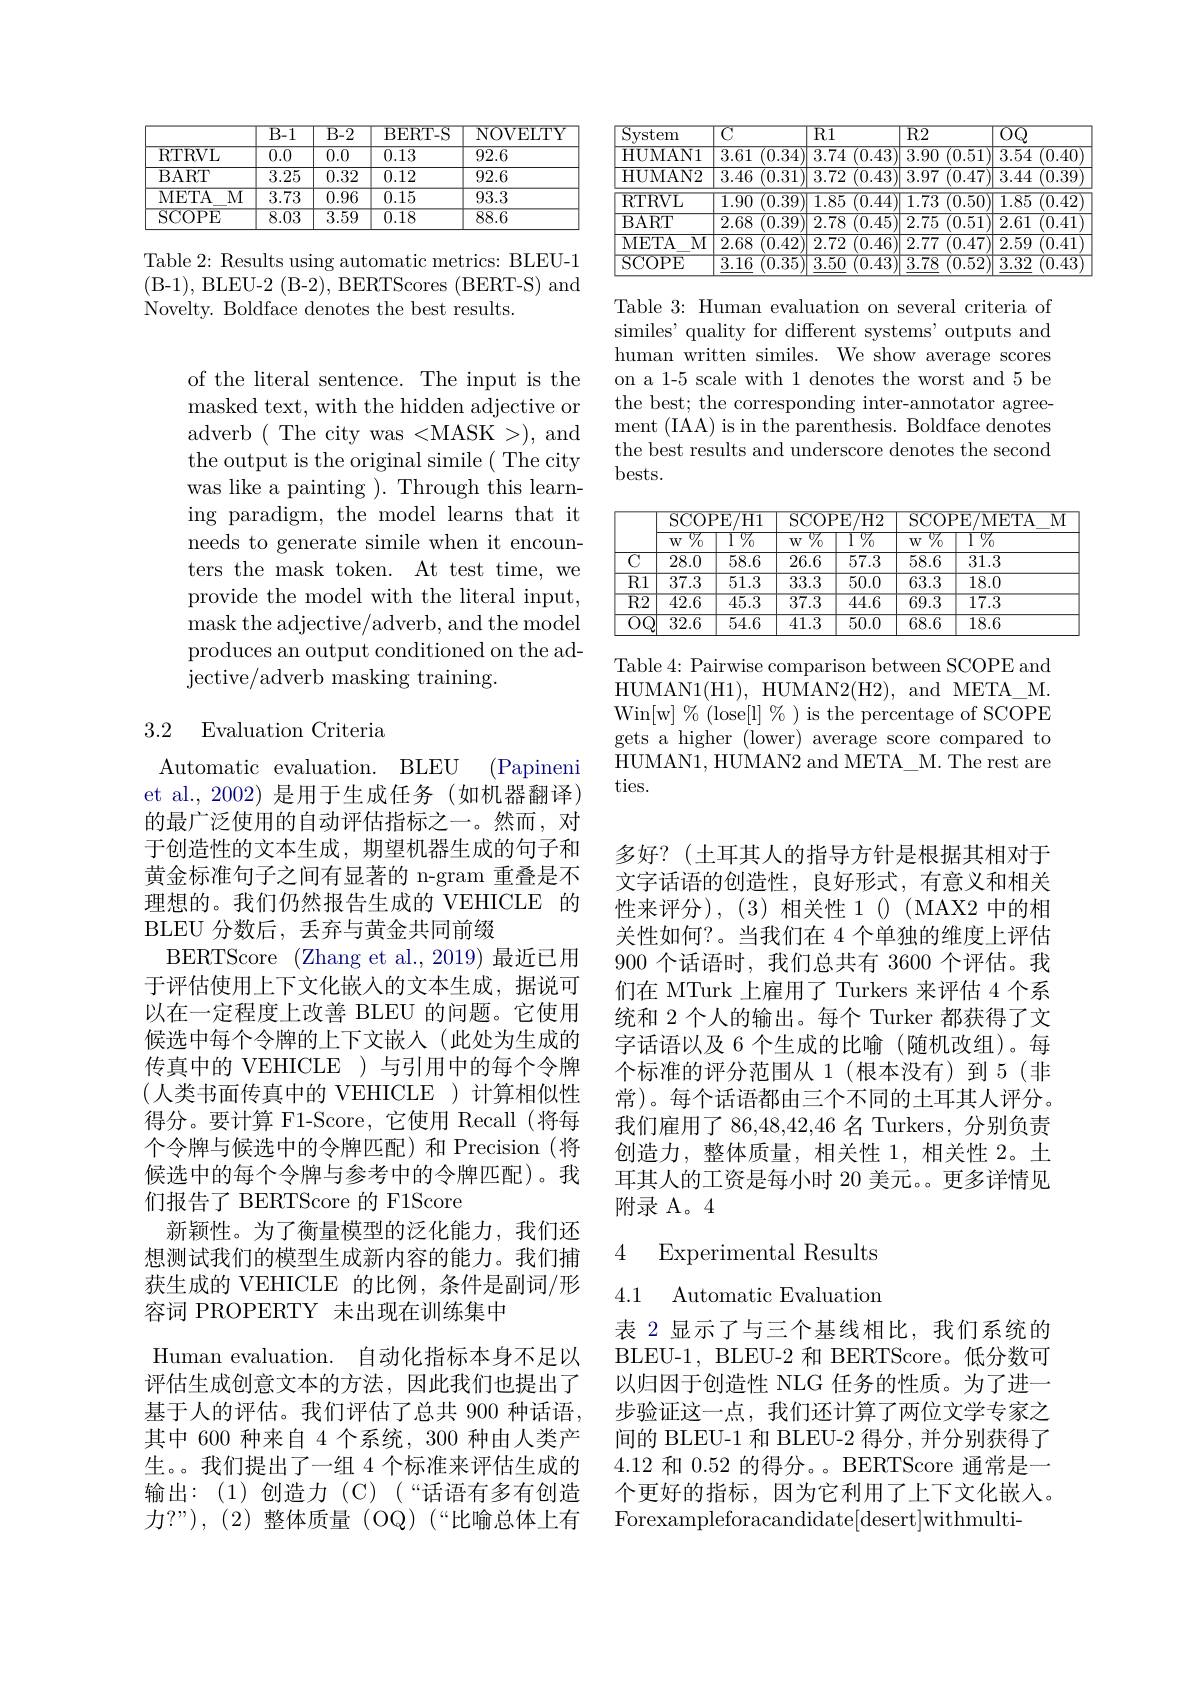
of the literal sentence. The input is the masked text, with the hidden adjective or adverb(The city was<MASK>),and the output is the original simile ( The city was like a painting ). Through this learning paradigm, the model learns that it needs to generate simile when it encounters the mask token. At test time, we provide the model with the literal input, mask the adjective/adverb, and the model produces an output conditioned on the adjective/adverb masking training.

## 3.2 Evaluation Criteria

Automatic evaluation. BLEU (Papineni et al.,2002) 是用于生成任务(如机器翻译) 的最广泛使用的自动评估指标之一。然而，对于创造性的文本生成，期望机器生成的句子和黄金标准句子之间有显著的 n-gram 重叠是不理想的。我们仍然报告生成的 VEHICLE 的BLEU 分数后，丢弃与黄金共同前缀
BERTScore (Zhang et al.,2019) 最近已用于评估使用上下文化嵌入的文本生成，据说可以在一定程度上改善 BLEU 的问题。它使用候选中每个令牌的上下文嵌人(此处为生成的传真中的 VEHICLE )与引用中的每个令牌(人类书面传真中的 VEHICLE )计算相似性得分。要计算 F1-Score,它使用 Recall (将每个令牌与候选中的令牌匹配)和 Precision (将候选中的每个令牌与参考中的令牌匹配)。我们报告了 BERTScore 的 F1Score
新颖性。为了衡量模型的泛化能力，我们还想测试我们的模型生成新内容的能力。我们捕获生成的 VEHICLE 的比例，条件是副词/形容词 PROPERTY 未出现在训练集中
Human evaluation. 自动化指标本身不足以评估生成创意文本的方法，因此我们也提出了基于人的评估。我们评估了总共 900 种话语， 其中 600 种来自 4 个系统，300 种由人类产生。。我们提出了一组 4 个标准来评估生成的输出：(1)创造力(C)(“话语有多有创造力？”),(2)整体质量(OQ)(“比喻总体上有

<table>
	<tbody>
		<tr>
			<th> </th>
			<th>$\overline{\text{B-1}}$</th>
			<th>$\overline{\text{B-2}}$</th>
			<th>BERT- S</th>
			<th>NOVELTY</th>
		</tr>
		<tr>
			<td>RTRVL</td>
			<td>$\overline{0.0}$</td>
			<td>$\overline{0.0}$</td>
			<td>0.13</td>
			<td>92.6</td>
		</tr>
		<tr>
			<td>BART</td>
			<td>3.25</td>
			<td>0.32</td>
			<td>0.12</td>
			<td>92.6</td>
		</tr>
		<tr>
			<td>$\overline{\mathrm{MI}}$ META</td>
			<td>3.73</td>
			<td>$\overline{0.96}$</td>
			<td>0.15</td>
			<td>93.3</td>
		</tr>
		<tr>
			<td>$\operatorname{SCOPE}$</td>
			<td>$\overline{8.03}$</td>
			<td>$\overline{3.59}$</td>
			<td>$\overline{0.18}$</td>
			<td>$\overline{88.6}$</td>
		</tr>
	</tbody>
</table>

Table 2: Results using automatic metrics: BLEU-1 (B-1), BLEU-2 (B-2), BERTScores (BERT-S) and Novelty. Boldface denotes the best results.

<table>
	<tbody>
		<tr>
			<th>$\mathop{\mathrm{System}}$</th>
			<th>$\overline{\mathrm{C}}$</th>
			<th>$\overline{R1}$</th>
			<th>$\overline{\mathrm{R2}}$</th>
			<th>$\overline{OQ}$</th>
		</tr>
		<tr>
			<td>HUMAN1</td>
			<td>$\overline{(0.34)}$ 3.61</td>
			<td>$\overline{3.74}$ $\overline{(0.43}$ 1</td>
			<td>3.90 $\overline{(0.51}$</td>
			<td>3.54 $\overline{(0.40)}$</td>
		</tr>
		<tr>
			<td>HUMAN2</td>
			<td>3.46 (0.31</td>
			<td>3.72 (0.43</td>
			<td>3.97 (0.47)</td>
			<td>3.44 (0.39</td>
		</tr>
		<tr>
			<td>RTRVL</td>
			<td>1.90 (0.39</td>
			<td>$\overline{1.85}$ 70.44</td>
			<td>1.73 $\overline{(0.50}$</td>
			<td>$\overline{1.85}$ $\sqrt{0.42}$</td>
		</tr>
		<tr>
			<td>BART</td>
			<td>2.68 (0.39 1</td>
			<td>2.78 (0.45</td>
			<td>2.75 $\overline{(0.51}$</td>
			<td>2.61 (0.41</td>
		</tr>
		<tr>
			<td>$\overline{\mathrm{MI}}$ META</td>
			<td>2.68 (0.42</td>
			<td>2.72 (0.46</td>
			<td>2.77 (0.47</td>
			<td>2.59 (0.41</td>
		</tr>
		<tr>
			<td>$\operatorname{SCOPE}$</td>
			<td>$\overline{3.16}$ {70.35}</td>
			<td>$\overline{3.50}$ (0.43</td>
			<td>$\overline{3.78}$ 70.52 1</td>
			<td>$\overline{3.32}$ $\sqrt{0.43}$</td>
		</tr>
	</tbody>
</table>

Table 3: Human evaluation on several criteria of similes' quality for different systems' outputs and human written similes. We show average scores on a 1-5 scale with 1 denotes the worst and 5 be the best; the corresponding inter-annotator agreement (IAA) is in the parenthesis. Boldface denotes the best results and underscore denotes the second bests.

<table>
	<tbody>
		<tr>
			<th> </th>
			<th>$SCOF$ ${\overline{{0}}}_{0}$ $W$</th>
			<th>${\mathrm{PE/H1}}$ $\overline{{\prod\%}}$</th>
			<th>$SCOF$ $\%$ $W$</th>
			<th>${\mathrm{PE/H2}}$ $\overline{{\mathrm{I}}}\%$</th>
			<th>$SCOF$ $\%$ $W$</th>
			<th>$^{\prime }$E/ META $M$ $\overline{{\prod\%}}$</th>
		</tr>
		<tr>
			<th> </th>
			<th>${\mathrm{SCOF}}$</th>
			<th>$^{\prime }$E 7/H1 1</th>
			<th>$SCOF$</th>
			<th>$7H2$ ${\overline{{\mathrm{F}}}}$</th>
			<th>${\mathrm{SCOF}}$</th>
			<th>PE/ META $M$</th>
		</tr>
		<tr>
			<th> </th>
			<th>${\overline{{0}}}_{0}$ $W$</th>
			<th>$\overline{{\mathrm{I}}\%}$ -</th>
			<th>$\%$ $W$</th>
			<th>$\overline{{\mathrm{I}}\%}$</th>
			<th>$\%$ $W$</th>
			<th>$\overline{{\prod\%}}$</th>
		</tr>
		<tr>
			<td>$\overline{C}$</td>
			<td>$\overline{28.0}$</td>
			<td>58.6</td>
			<td>26.6</td>
			<td>$\overline{57.3}$</td>
			<td>58.6</td>
			<td>31.3</td>
		</tr>
		<tr>
			<td>$\overline{\mathrm{R}1}$</td>
			<td>$\overline{37.3}$</td>
			<td>$\overline{51.3}$</td>
			<td>33.3</td>
			<td>50.0</td>
			<td>63.3</td>
			<td>18.0</td>
		</tr>
		<tr>
			<td>$R2$</td>
			<td>$\overline{42.6}$</td>
			<td>$\overline{45.3}$</td>
			<td>$\overline{37.3}$</td>
			<td>$\overline{44.6}$</td>
			<td>$\overline{69.3}$</td>
			<td>$\overline{17.3}$</td>
		</tr>
		<tr>
			<td>0.</td>
			<td>32.6</td>
			<td>54.6</td>
			<td>41.3</td>
			<td>50.0</td>
			<td>68.6</td>
			<td>18.6</td>
		</tr>
	</tbody>
</table>

Table 4: Pairwise comparison between SCOPE and HUMAN1(H1), HUMAN2(H2), and META\_M. $Win[w]%(lose[l]\%)isthepercentage of SCOPE$ gets a higher (lower) average score compared to HUMAN1, HUMAN2 and META\_ M. The rest are ties.

多好？(土耳其人的指导方针是根据其相对于文字话语的创造性，良好形式，有意义和相关性来评分),(3)相关性 1( (MAX2 中的相关性如何？。当我们在 4 个单独的维度上评估900 个话语时，我们总共有 3600 个评估。我们在 MTurk 上雇用了 Turkers 来评估 4 个系统和 2 个人的输出。每个 Turker 都获得了文字话语以及 6 个生成的比喻(随机改组)。每个标准的评分范围从 1(根本没有)到 5(非常)。每个话语都由三个不同的土耳其人评分。我们雇用了 86,48,42,46 名 Turkers, 分别负责创造力，整体质量，相关性 1,相关性 2。土耳其人的工资是每小时 20 美元。更多详情见附录 A。4

4 Experimental Results

## 4.1 Automatic Evaluation

表 2 显示了与三个基线相比，我们系统的BLEU-1, BLEU-2 和 BERTScore。低分数可以归因于创造性 NLG 任务的性质。为了进一步验证这一点，我们还计算了两位文学专家之间的 BLEU-1 和 BLEU-2 得分 , 并分别获得了4.12和 0.52 的得分。。BERTScore 通常是一个更好的指标，因为它利用了上下文化嵌入。Forexampleforacandidate[desert]withmulti-